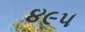
૪૯૫